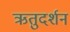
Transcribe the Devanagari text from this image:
ऋतुदर्शन